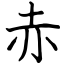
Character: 赤